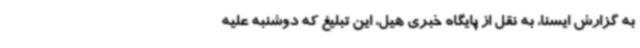
به گزارش ایسنا، به نقل از پایگاه خبری هیل، این تبلیغ که دوشنبه علیه